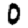
Digit: 0